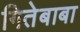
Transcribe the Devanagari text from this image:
गितेबाबा